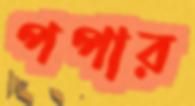
পপার